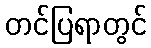
တင်ပြရာတွင်